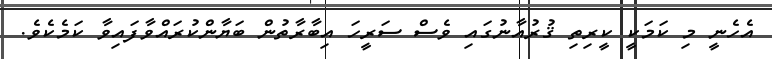
އެހެނީ މި ކަމަކީ ކީރިތި ޤުރުއާނުގައި ވެސް ސަރީހަ އިބާރާތުން ބަޔާންކުރައްވާފައިވާ ކަމެކެވެ.